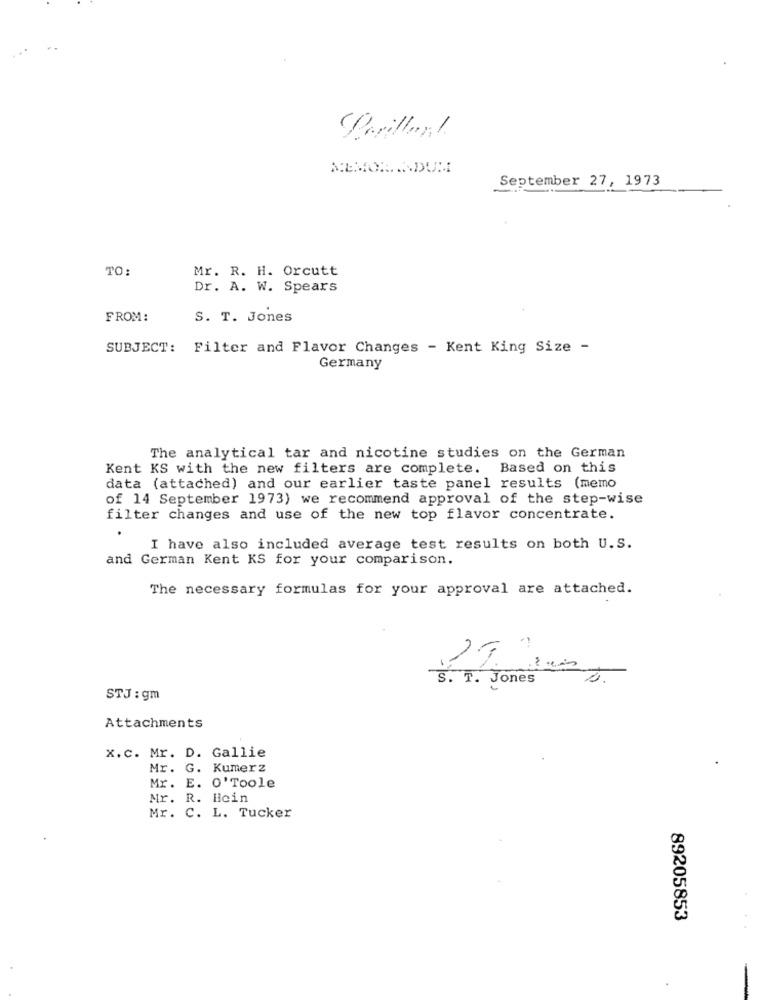
MEMORANDUM
September 27, 1973
TO:
Mr. R. H. Orcutt
Dr. A. W. Spears
FROM:
S. T. Jones
SUBJECT: Filter and Flavor Changes - Kent King Size -
Germany
The analytical tar and nicotine studies on the German
Kent KS with the new filters are complete. Based on this
data (attached) and our earlier taste panel results (memo
of 14 September 1973) we recommend approval of the step-wise
filter changes and use of the new top flavor concentrate.
I have also included average test results on both U.S.
and German Kent KS for your comparison.
The necessary formulas for your approval are attached.
-
S . T . Jones
STJ : gm
Attachments
x.C. Mr. D. Gallie
Mr. G. Kumerz
Mr. E. O' Toole
Mr. R. Hein
Mr. C. L. Tucker
89205853